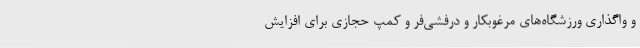
و واگذاری ورزشگاه‌های مرغوبکار و درفشی‌فر و کمپ حجازی برای افزایش